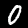
Digit: 0